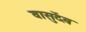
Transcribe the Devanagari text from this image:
वासुदेंव